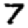
Digit: 7